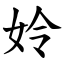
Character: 姈